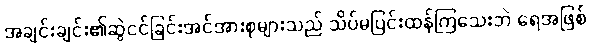
အချင်းချင်း၏ဆွဲငင်ခြင်းအင်အားစုများသည် သိပ်မပြင်းထန်ကြသေးဘဲ ရေအဖြစ်